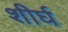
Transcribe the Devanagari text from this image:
शीर्घ